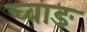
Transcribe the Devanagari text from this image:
च्वाङ